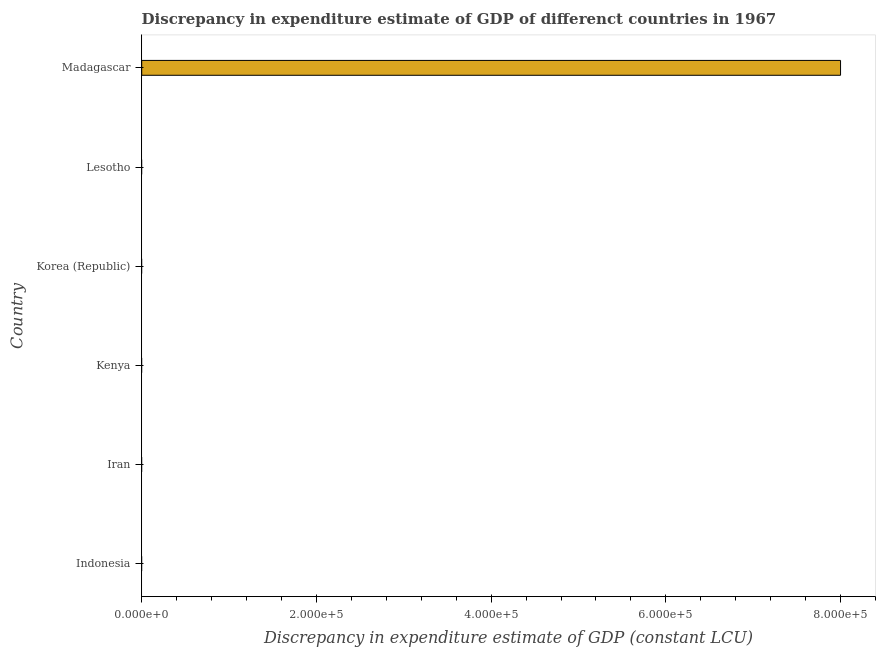
| Country | Discrepancy constant LCU |
 | --- | --- |
 | Indonesia | -1.23e+06 |
 | Iran | -1.05e+12 |
 | Kenya | -7.12e+09 |
 | Korea (Republic) | -2.19e+13 |
 | Lesotho | -5.94e+08 |
 | Madagascar | 8e+05 |